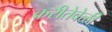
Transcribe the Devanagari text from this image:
करीतेवेळी